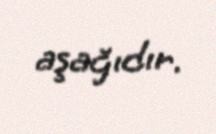
aşağıdır.